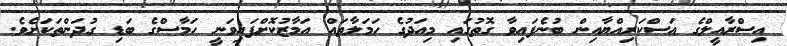
އިސްރާއީލްގެ އަސްކަރިއްޔާއިން ބުނެފައިވާ ގޮތުގައި މިއަދުގެ ހަމަލާތައް އަމާޒުކޮށްފައިވަނީ ހަމާސްގެ ބަޑި ގުދަންތަކަށެވެ.